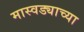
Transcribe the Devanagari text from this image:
मास्वड्याच्या